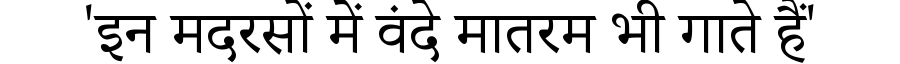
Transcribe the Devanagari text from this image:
'इन मदरसों में वंदे मातरम भी गाते हैं'